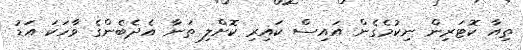
ތިއާ ކޮޓަރިން ނިކުމެގެން އައިސް ކައިރި ކޮށްލި ތަނާ އެދެބެންގެ ވާހަކަ އަޑު